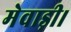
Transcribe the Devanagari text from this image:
मेवाड़ी।